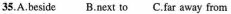
35.A.beside B.next to C.far away from